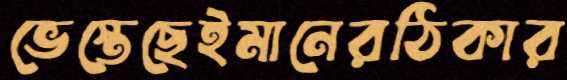
ভেস্তেছেইমানেরঠিকার